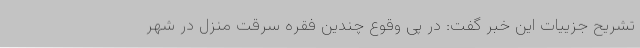
تشریح جزییات این خبر گفت: در پی وقوع چندین فقره سرقت منزل در شهر